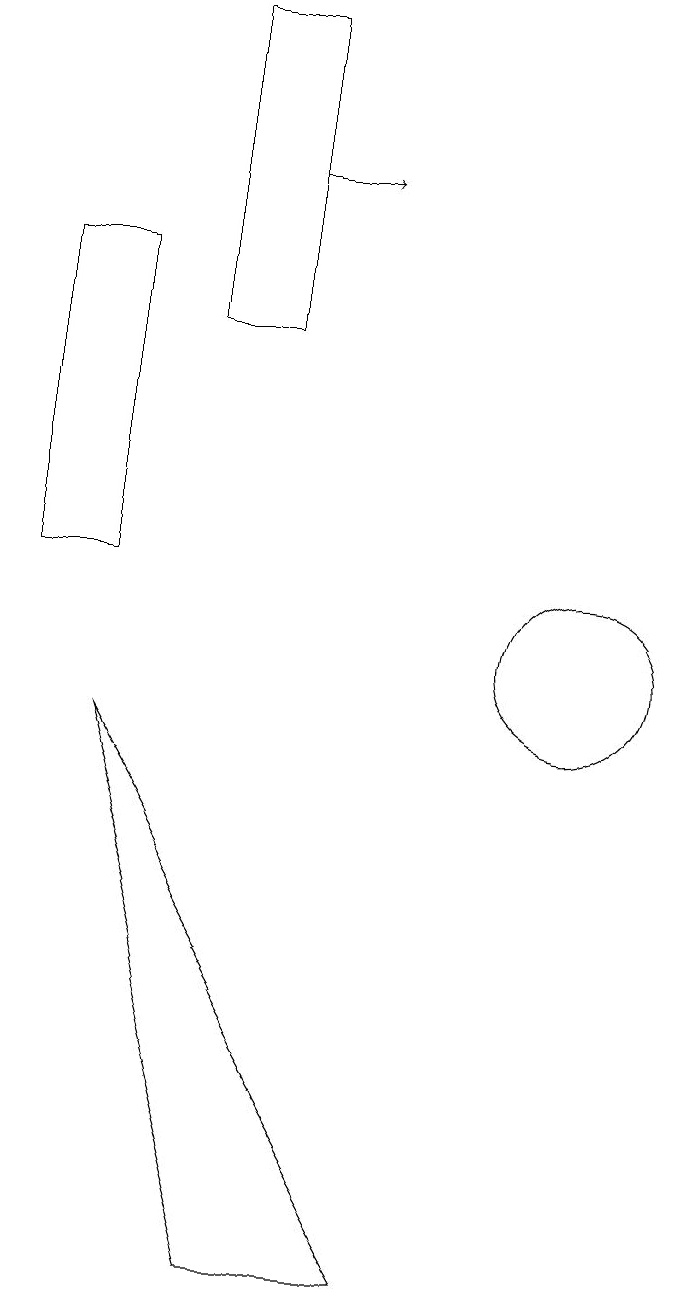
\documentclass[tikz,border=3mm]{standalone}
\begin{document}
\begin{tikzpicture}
\draw (11,10) circle (1);
\draw (4,15) rectangle (5,11);
\draw (6,14) rectangle (7,18);
\draw (7,2) -- (5,9) -- (9,2) -- cycle;
\draw[->] (7,16) -- (8,16);
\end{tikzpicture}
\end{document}